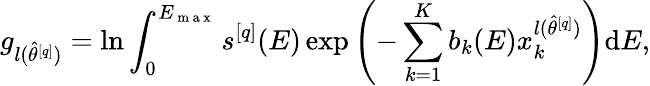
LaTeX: g_{l(\hat{\theta}^{[q]})}=\ln\int_{0}^{E_{\mathrm{~m~a~x~}}}s^{[q]}(E)\exp\left(-\sum_{k=1}^{K}b_{k}(E)x_{k}^{l(\hat{\theta}^{[q]})}\right)\mathrm{d}E,